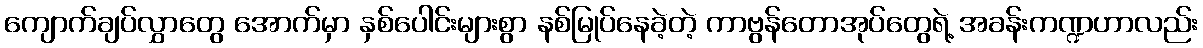
ကျောက်ချပ်လွှာတွေ အောက်မှာ နှစ်ပေါင်းများစွာ နစ်မြုပ်နေခဲ့တဲ့ ကာဗွန်တောအုပ်တွေရဲ့ အခန်းကဏ္ဍဟာလည်း